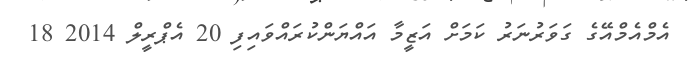
އެމްއެމްއޭގެ ގަވަރުނަރު ކަމަށް އަޒީމާ އައްޔަންކުރައްވައިފި 20 އެޕްރީލް 2014 18